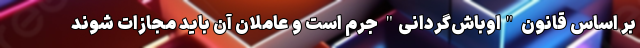
بر اساس قانون "اوباش‌گردانی" جرم است و عاملان آن باید مجازات شوند